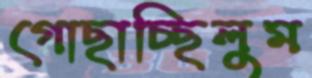
গোছাচ্ছিলুম